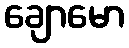
ချောမော